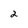
Character: 2